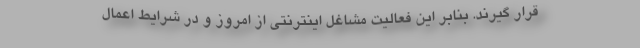
قرار گیرند. بنابر این فعالیت مشاغل اینترنتی از امروز و در شرایط اعمال